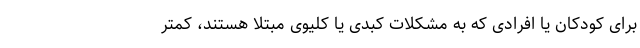
برای کودکان یا افرادی که به مشکلات کبدی یا کلیوی مبتلا هستند، کمتر